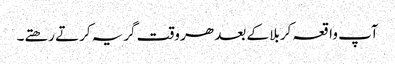
آپ واقعہ کربلا کے بعد ھر وقت گریہ کرتے رھتے۔